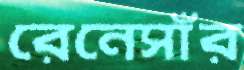
রেনেসাঁর